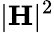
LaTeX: |\mathbf{H}|^{2}